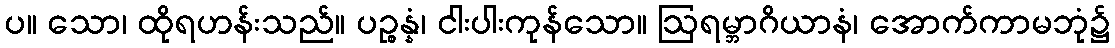
ပ။ သော၊ ထိုရဟန်းသည်။ ပဉ္စန္နံ၊ ငါးပါးကုန်သော။ ဩရမ္ဘာဂိယာနံ၊ အောက်ကာမဘုံ၌